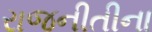
રાજનીતીના